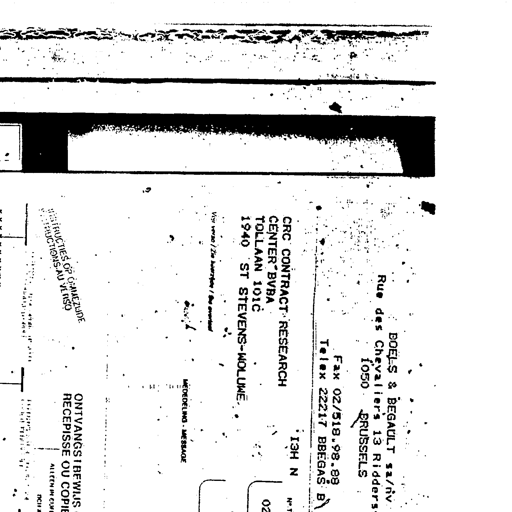
BOELS & BEGAULT sa/nv
Rue des Chevaliers 13 Ridderstraat
1050 BRUSSELS
Fax 02/518.98.88
Telex 22217 BBEGAS B
CRC CONTRACT RESEARCH
CENTER BVBA
TOLLAAN 101C
1940 ST STEVENS-WOLUWE
Voir verso / Zie keerzijde / See overleaf
MEDEDELING - MESSAGE
INSTRUCTIES OP OMMEZIJDE
INSTRUCTIONS AU VERSO
ONTVANGSTBEWIJS
RECEPISSE OU COPIE